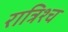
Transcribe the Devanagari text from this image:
रात्रिश्च